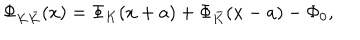
LaTeX: \Phi _ { K \bar { K } } ( x ) = \Phi _ { K } ( x + a ) + \Phi _ { \bar { K } } ( x - a ) - \Phi _ { 0 } ,